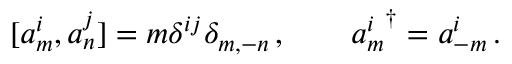
[ a _ { m } ^ { i } , a _ { n } ^ { j } ] = m \delta ^ { i j } \delta _ { m , - n } \, , \qquad { a _ { m } ^ { i } } ^ { \dagger } = a _ { - m } ^ { i } \, .